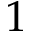
1